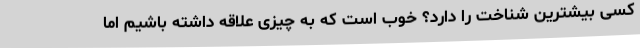
کسی بیشترین شناخت را دارد؟ خوب است که به چیزی علاقه داشته باشیم اما